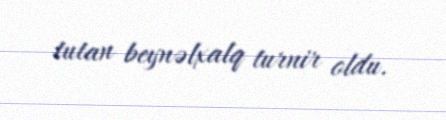
tutan beynəlxalq turnir oldu.